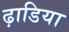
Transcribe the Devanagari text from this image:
ढ़ाडिया